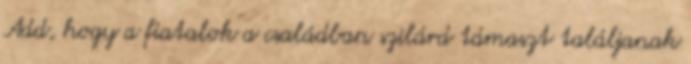
Add, hogy a fiatalok a családban szilárd támaszt találjanak